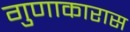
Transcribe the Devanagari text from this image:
गुणाकारास